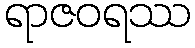
ရာဇဝရဿ